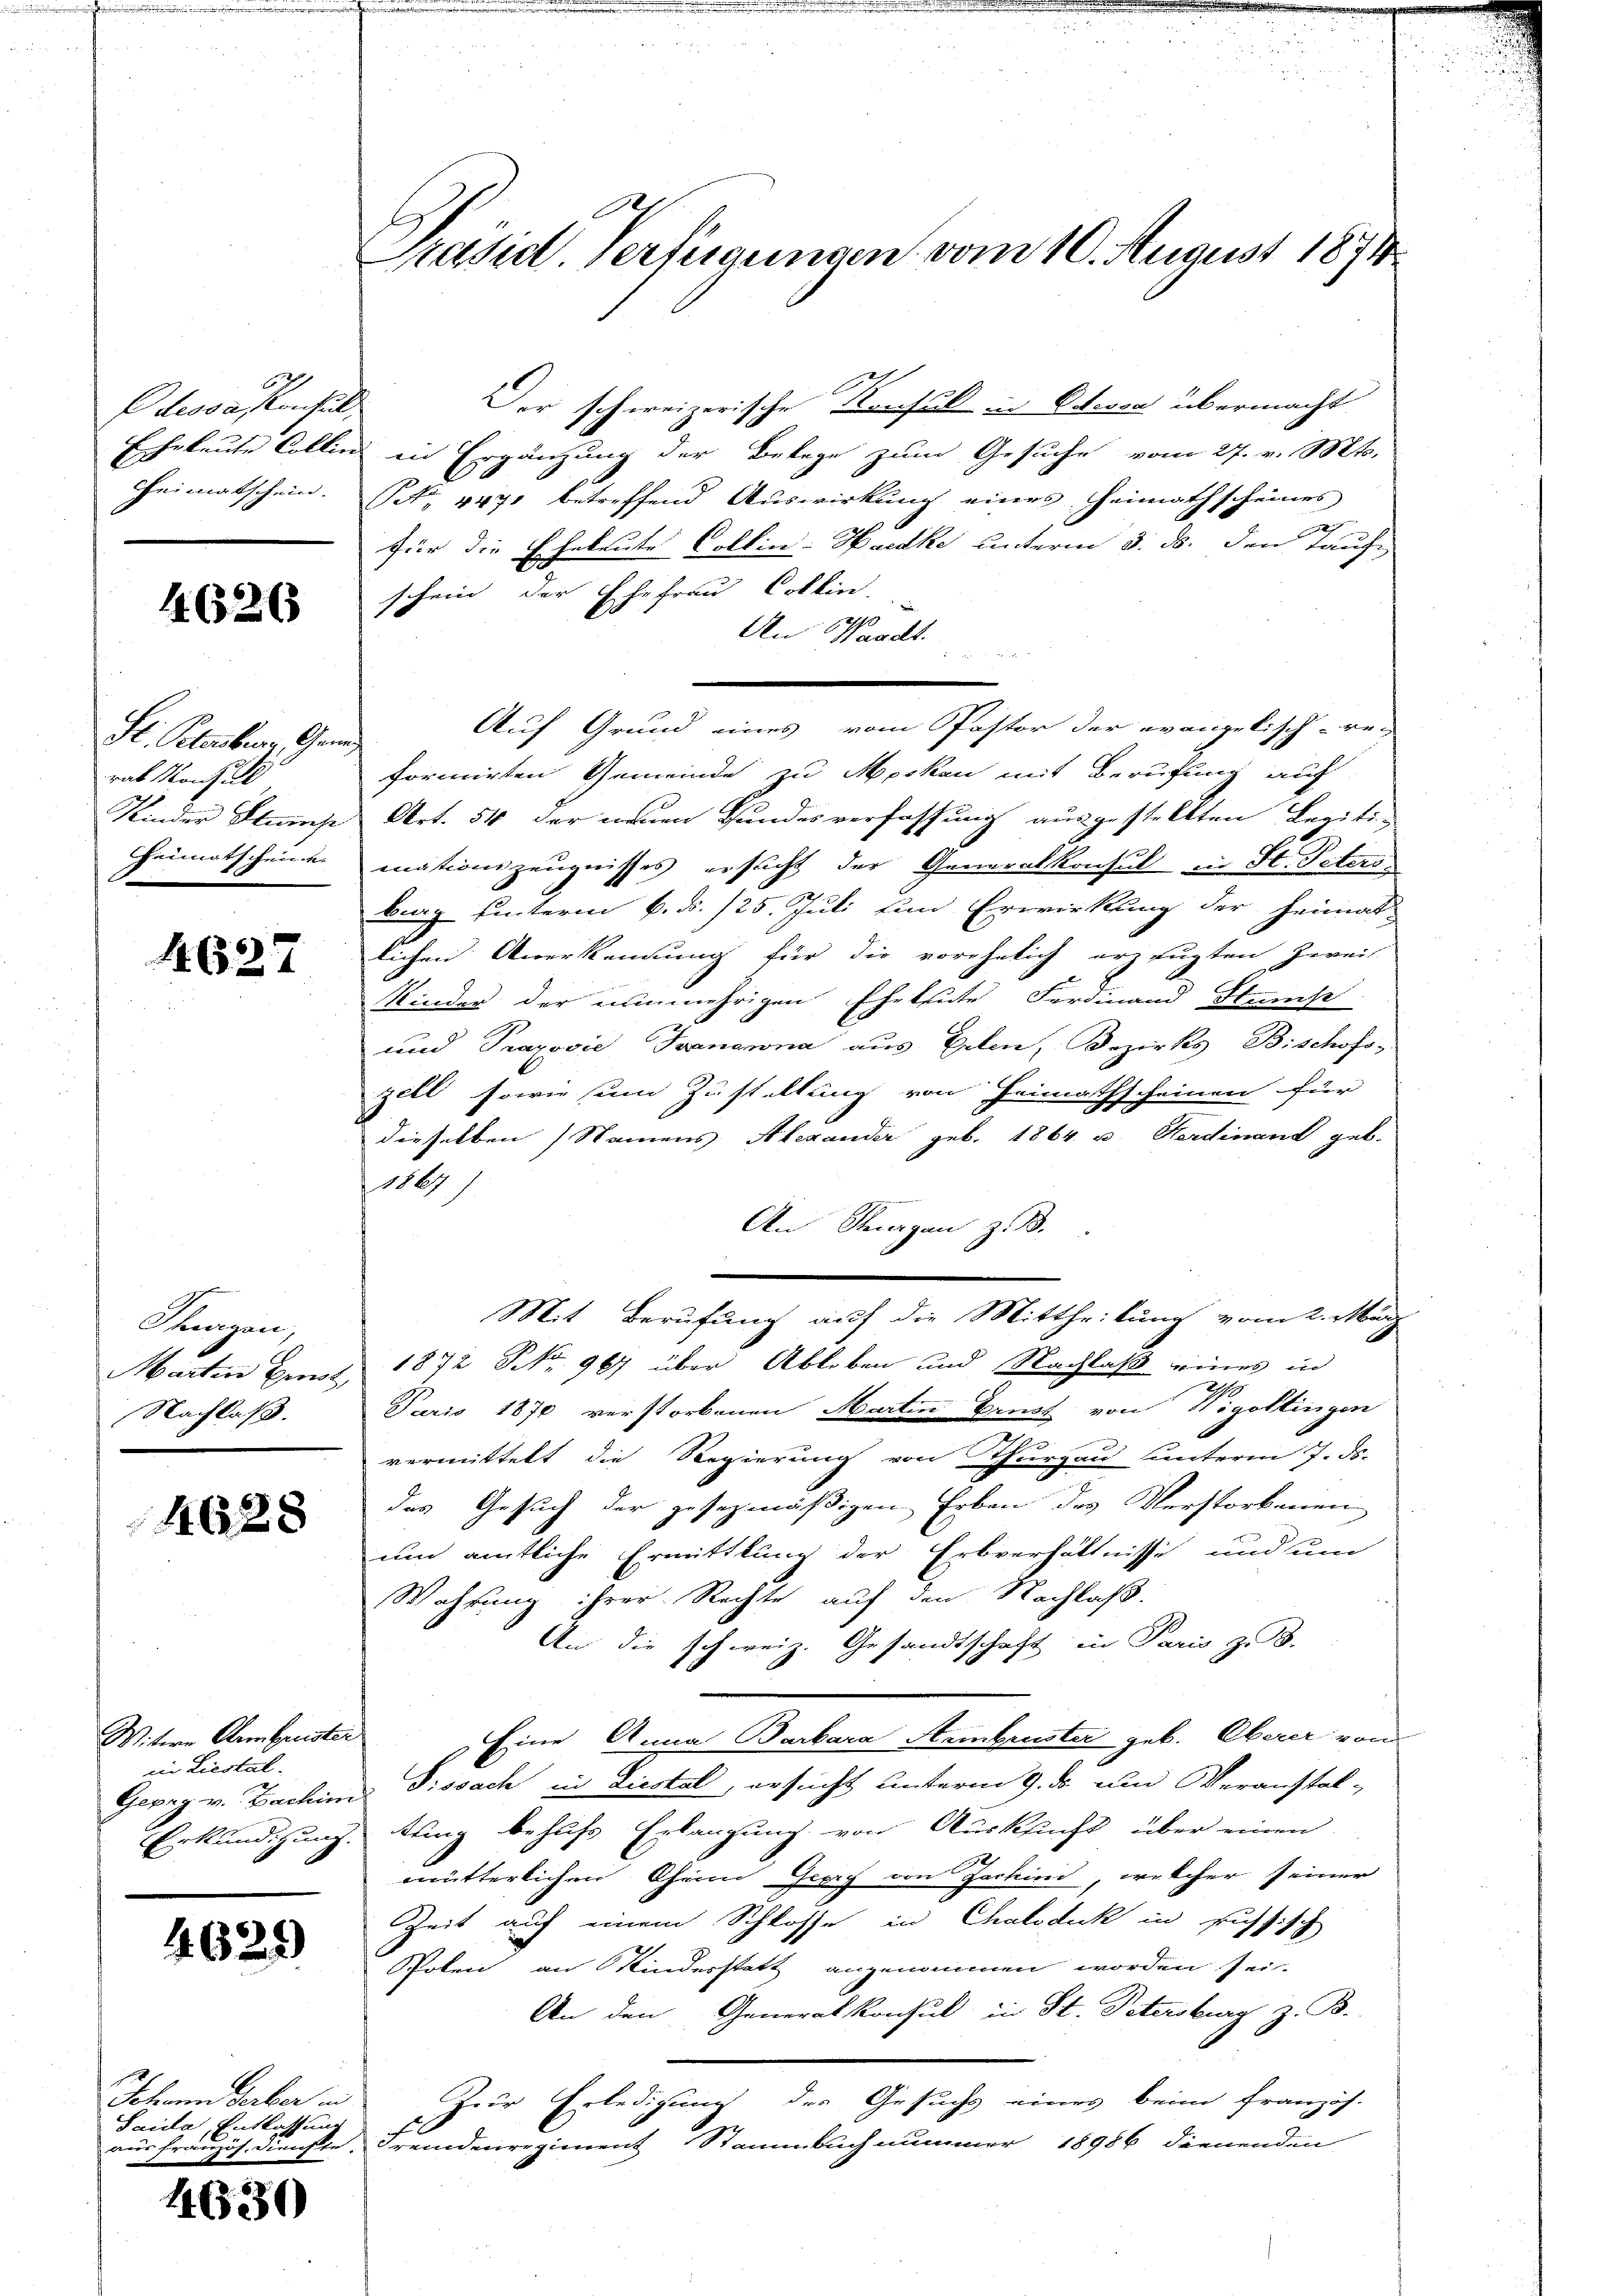
Odessa sonstille
Eheleute Collin

4626

St. Plauberner Grun
rab Mona
Kinder Stump
Heimatscheinen

4627

Thwornen,
Marten Eint,
Nachlaß.

4628

Witwe Oben Geister
in Liestal.
Erkundigung.

4625)

Johann Gerber in
Saide Entlassung
aus französ. Dienste.

4650

Präsid. Verfügungen vom 10. August 1871

Der schweizerische Konsul in Orten übermacht
in Ergänzung der Belege zum Gesuche vom 27. v. Mts.
heimatschein. (N. 4471 betreffend Auswirkung eines Heimathscheines
x
für die Eheleute Collin-Haedke unterm 3. ds. den Taufe
schein der Ehefrau Collin.
l
An Waadt.
Auf Grund eines vom Pastor der evangelisch-rec
formirten Gemeinde zu Merken mit Berufung auf
Art. 54 der neuen Bundesverfassung ausgestellten Legiti-
mationszeugnisses ersucht der Generalkonsul in St. Petersberg hinterm 6. d. 125. Juli von Erwirkung der Heimat-
lichen Anerkennung für die vorehelich erzeugten Zweif
Kinder der nunmehrigen Eheleute Ferdinand Stump
und Prapović, Trenanna aus Erlen, Bezirks Bischofs-
zell sowie ein Zustellung von Heimathscheinen für
dieselben Namens Alexander geb. 1864 u. Ferdinand geb.
a
An Kurgan z. B.
Mit Berufung auf die Mittheilung vom 2. März
1872 No 967 über Ableben und Nachlaß eines in
19
Paris 1870 verstorbenen Martin Gruss von Wigottingen
.
vermittelt die Regierung von Thurgau unterm 7. ds.
das Gesuch der gesezmäßigen Erben des Verstorbenen
um amtliche Ermittlung der Erbverhältnisse und um
Wahrung ihrer Rechte auf den Nachlaß.
An die schweiz. Gesandtschaft in Paris z. B.
Eine Anna Barbara Armbruster geb. Oberer von
Georg v. Zachims Dissach in Liestal, ersucht unterm 9. ds. und Veranstaltung behufs Erlangung von Auskucht über einen
mutterlichen Cheim Georg von Jachind, welcher seiner
Zeit auf einem Schlosse in Chaloduck in russisch
Polen an Kinderstatt angenommen worden sei.
An den Generalkonsul in St. Petersburg z. B.
Zur Erledigung der Gesuchs eines beim französ.
Fremdenregienent Stammbuch nummer 18986 dennend in